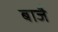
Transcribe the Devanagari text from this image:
बाजै